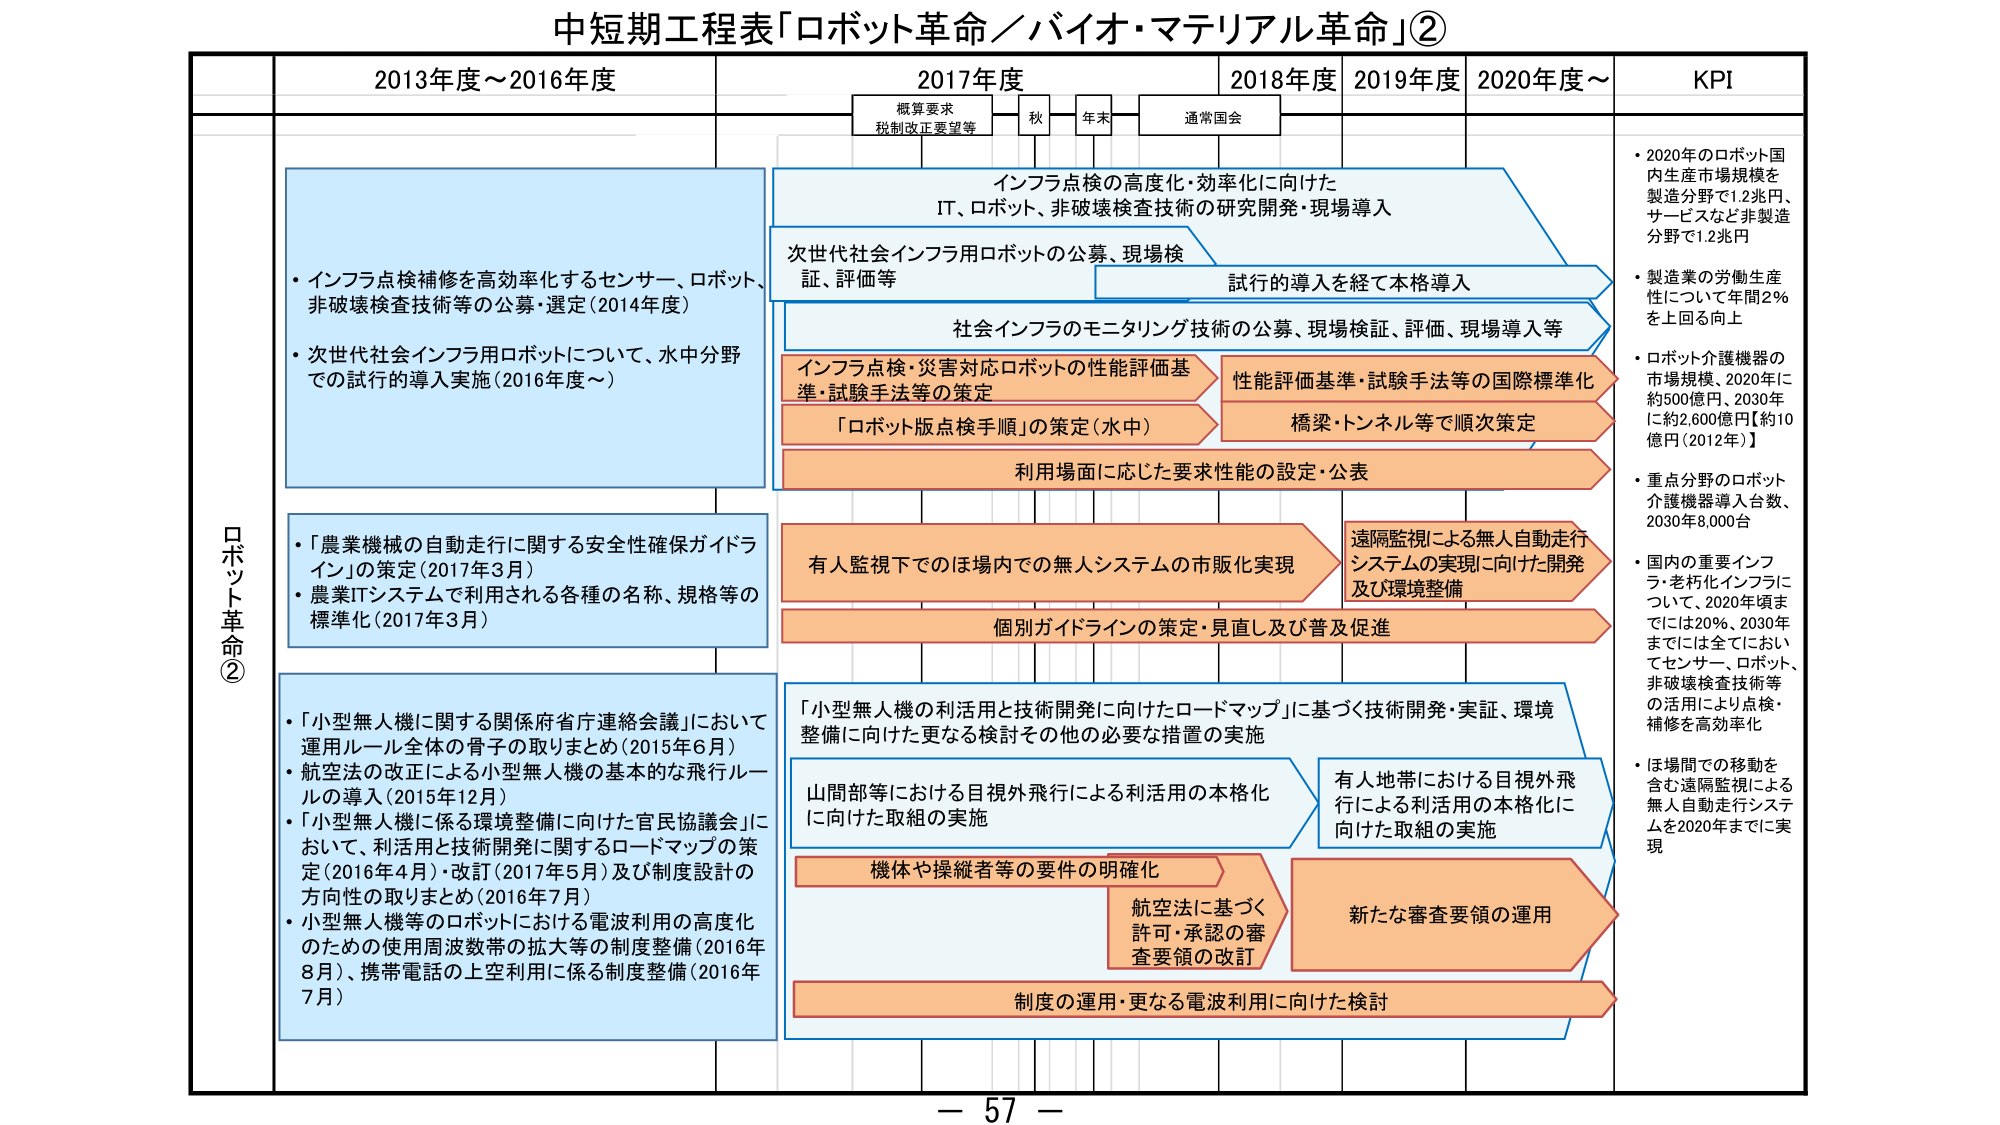
中短期工程表「ロボット革命／バイオ・マテリアル革命」②

2013年度～2016年度
2017年度
2018年度
2019年度
2020年度～
KPI

概算要求
税制改正要望等
秋
年末
通常国会

ロボット革命②

・インフラ点検補修を高効率化するセンサー、ロボット、非破壊検査技術等の公募・選定（2014年度）
・次世代社会インフラ用ロボットについて、水中分野での試行的導入実施（2016年度～）

・「農業機械の自動走行に関する安全性確保ガイドライン」の策定（2017年3月）
・農業ITシステムで利用される各種の名称、規格等の標準化（2017年3月）

・「小型無人機に関する関係府省庁連絡会議」において運用ルール全体の骨子の取りまとめ（2015年6月）
・航空法の改正による小型無人機の基本的な飛行ルールの導入（2015年12月）
・「小型無人機に係る環境整備に向けた官民協議会」において、利活用と技術開発に関するロードマップの策定（2016年4月）・改訂（2017年5月）及び制度設計の方向性の取りまとめ（2016年7月）
・小型無人機等のロボットにおける電波利用の高度化のための使用周波数帯の拡大等の制度整備（2016年8月）、携帯電話の上空利用に係る制度整備（2016年7月）

インフラ点検の高度化・効率化に向けたIT、ロボット、非破壊検査技術の研究開発・現場導入

次世代社会インフラ用ロボットの公募、現場検証、評価等

試行的導入を経て本格導入

社会インフラのモニタリング技術の公募、現場検証、評価、現場導入等

インフラ点検・災害対応ロボットの性能評価基準、試験手法等の策定

「ロボット版点検手順」の策定（水中）

性能評価基準・試験手法等の国際標準化

橋梁・トンネル等で順次策定

利用場面に応じた要求性能の設定・公表

有人監視下でのほ場内での無人システムの市販化実現

遠隔監視による無人自動走行システムの実現に向けた開発及び環境整備

個別ガイドラインの策定・見直し及び普及促進

「小型無人機の利活用と技術開発に向けたロードマップ」に基づく技術開発・実証、環境整備に向けた更なる検討その他の必要な措置の実施

山間部等における目視外飛行による利活用の本格化に向けた取組の実施

有人地帯における目視外飛行による利活用の本格化に向けた取組の実施

機体や操縦者等の要件の明確化

航空法に基づく許可・承認の審査要領の改訂

新たな審査要領の運用

制度の運用・更なる電波利用に向けた検討

・2020年のロボット国内生産市場規模を製造分野で1.2兆円、サービスなど非製造分野で1.2兆円
・製造業の労働生産性について年間2％を上回る間
・ロボット介護機器の市場規模、2020年に約500億円、2030年に約2,600億円【約10億円（2012年）】
・重点分野のロボット介護機器導入台数、2030年8,000台
・国内の重要インフラ・老朽化インフラについて、2020年頃までには20％、2030年までには全てにおいてセンサー、ロボット、非破壊検査技術等の活用により点検・補修を高効率化
・ほ場間での移動を含む遠隔監視による無人自動走行システムを2020年までに実現

－ 57 －